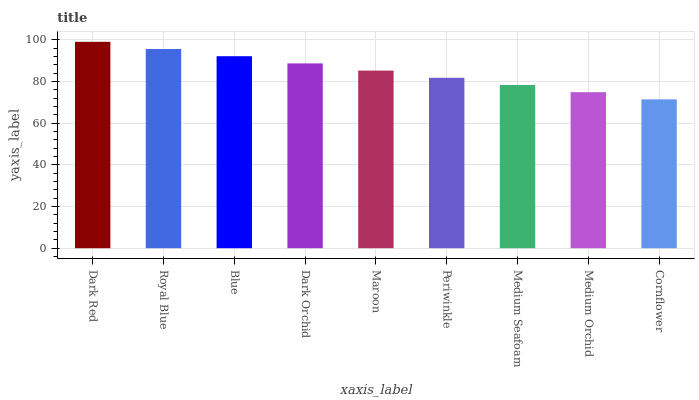
| xaxis_label | bars |
 | --- | --- |
 | Dark Red | 99 |
 | Royal Blue | 95.5 |
 | Blue | 92.1 |
 | Dark Orchid | 88.6 |
 | Maroon | 85.2 |
 | Periwinkle | 81.7 |
 | Medium Seafoam | 78.3 |
 | Medium Orchid | 74.8 |
 | Cornflower | 71.4 |